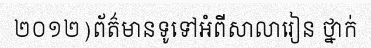
២០១២)ព័ត៌មានទូទៅអំពីសាលារៀន ថ្នាក់